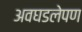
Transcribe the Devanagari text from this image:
अवघडलेपण